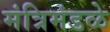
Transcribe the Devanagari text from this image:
मंत्रिमंडळे